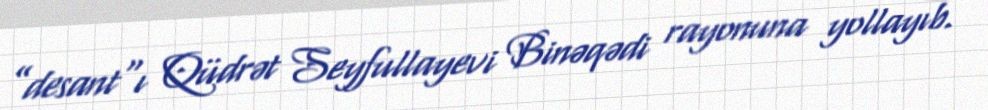
”desant"ı Qüdrət Seyfullayevi Binəqədi rayonuna yollayıb.